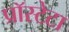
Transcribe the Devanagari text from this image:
प्रॉस्टेटा